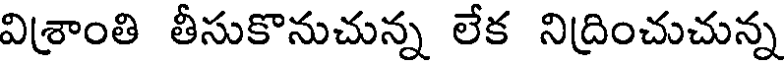
విశ్రాంతి తీసుకొనుచున్న లేక నిద్రించుచున్న